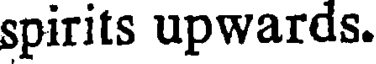
spirits upwards.